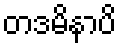
တဒမိနာပိ